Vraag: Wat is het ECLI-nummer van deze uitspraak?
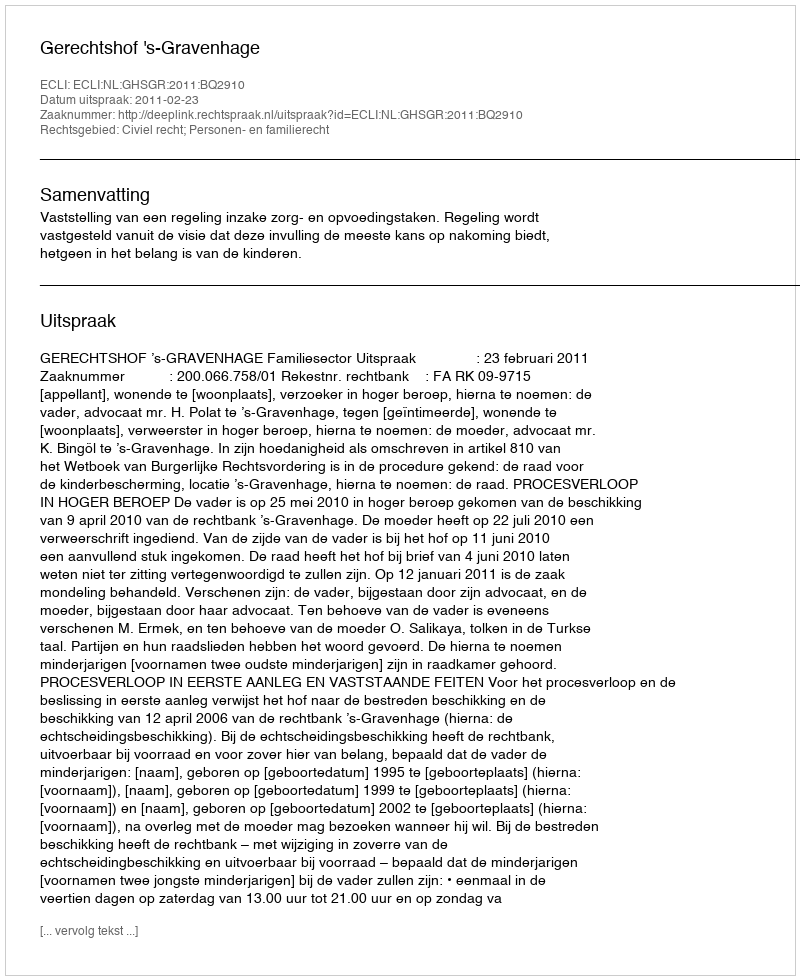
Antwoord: ECLI:NL:GHSGR:2011:BQ2910